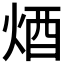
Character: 𨟽